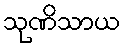
သုဏိသာယ